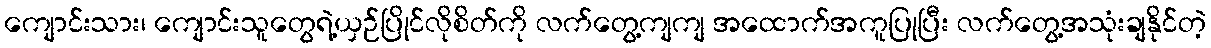
ကျောင်းသား၊ ကျောင်းသူတွေရဲ့ယှဉ်ပြိုင်လိုစိတ်ကို လက်တွေ့ကျကျ အထောက်အကူပြုပြီး လက်တွေ့အသုံးချနိုင်တဲ့